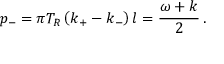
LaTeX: p _ { - } = \pi T _ { R } \left( k _ { + } - k _ { - } \right) l = { \frac { \omega + k } { 2 } } \, .